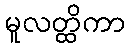
မူလတ္ထိကာ